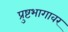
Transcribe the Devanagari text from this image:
प्रुष्टभागावर